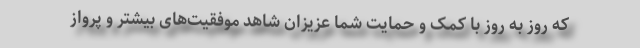
که روز به روز با کمک و حمایت شما عزیزان شاهد موفقیت‌های بیشتر و پرواز